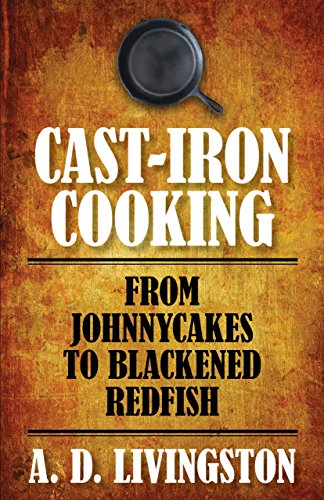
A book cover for Cast-Iron Cooking: From Johnnycakes To Blackened Redfish (A. D. Livingston Cookbooks); A. D. Livingston; Cookbooks, Food & Wine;